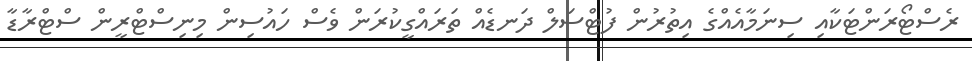
ރެސްޓޯރަންޓަކާއި ސިނަމާއެއްގެ އިތުރުން ފުޓްސަލް ދަނޑެއް ތަރައްގީކުރަން ވެސް ހައުސިން މިނިސްޓްރީން ސްޓްރާޑާ